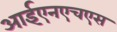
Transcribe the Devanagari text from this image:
आईएनएचएस